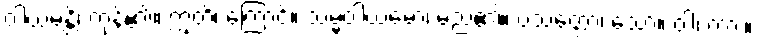
ဝါယမန္တိ၊ ကုန်၏။ ဣတိ၊ ကြောင့်။ သမ္မဝါယမော၊ မည်၏။ ပသတ္တော၊ သော။ ဝါ၊ ကား။